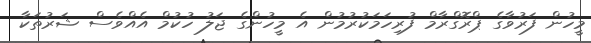
މީހުން ފަރުވާގެ ޕްރޮގްރާމް ފުރިހަމަކުރުމުން އެ މީހުންގެ ޖަލު ހުކުމް އެއްވެސް ޝަރުތަކާ